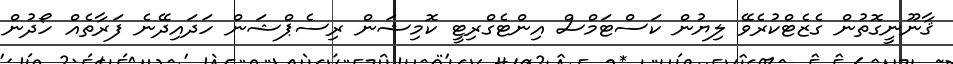
ޤާނޫނީގޮތުން ގެޒެޓްކުރެވޭ ލިޔުން ކަސްޓަމްސް އިންޓެގްރިޓީ ކޮމިޝަން ރިސެޕްޝަން ހަދައިދޭނެ ފަރާތެއް ހޯދުން